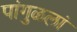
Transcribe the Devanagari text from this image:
पांगुळलां